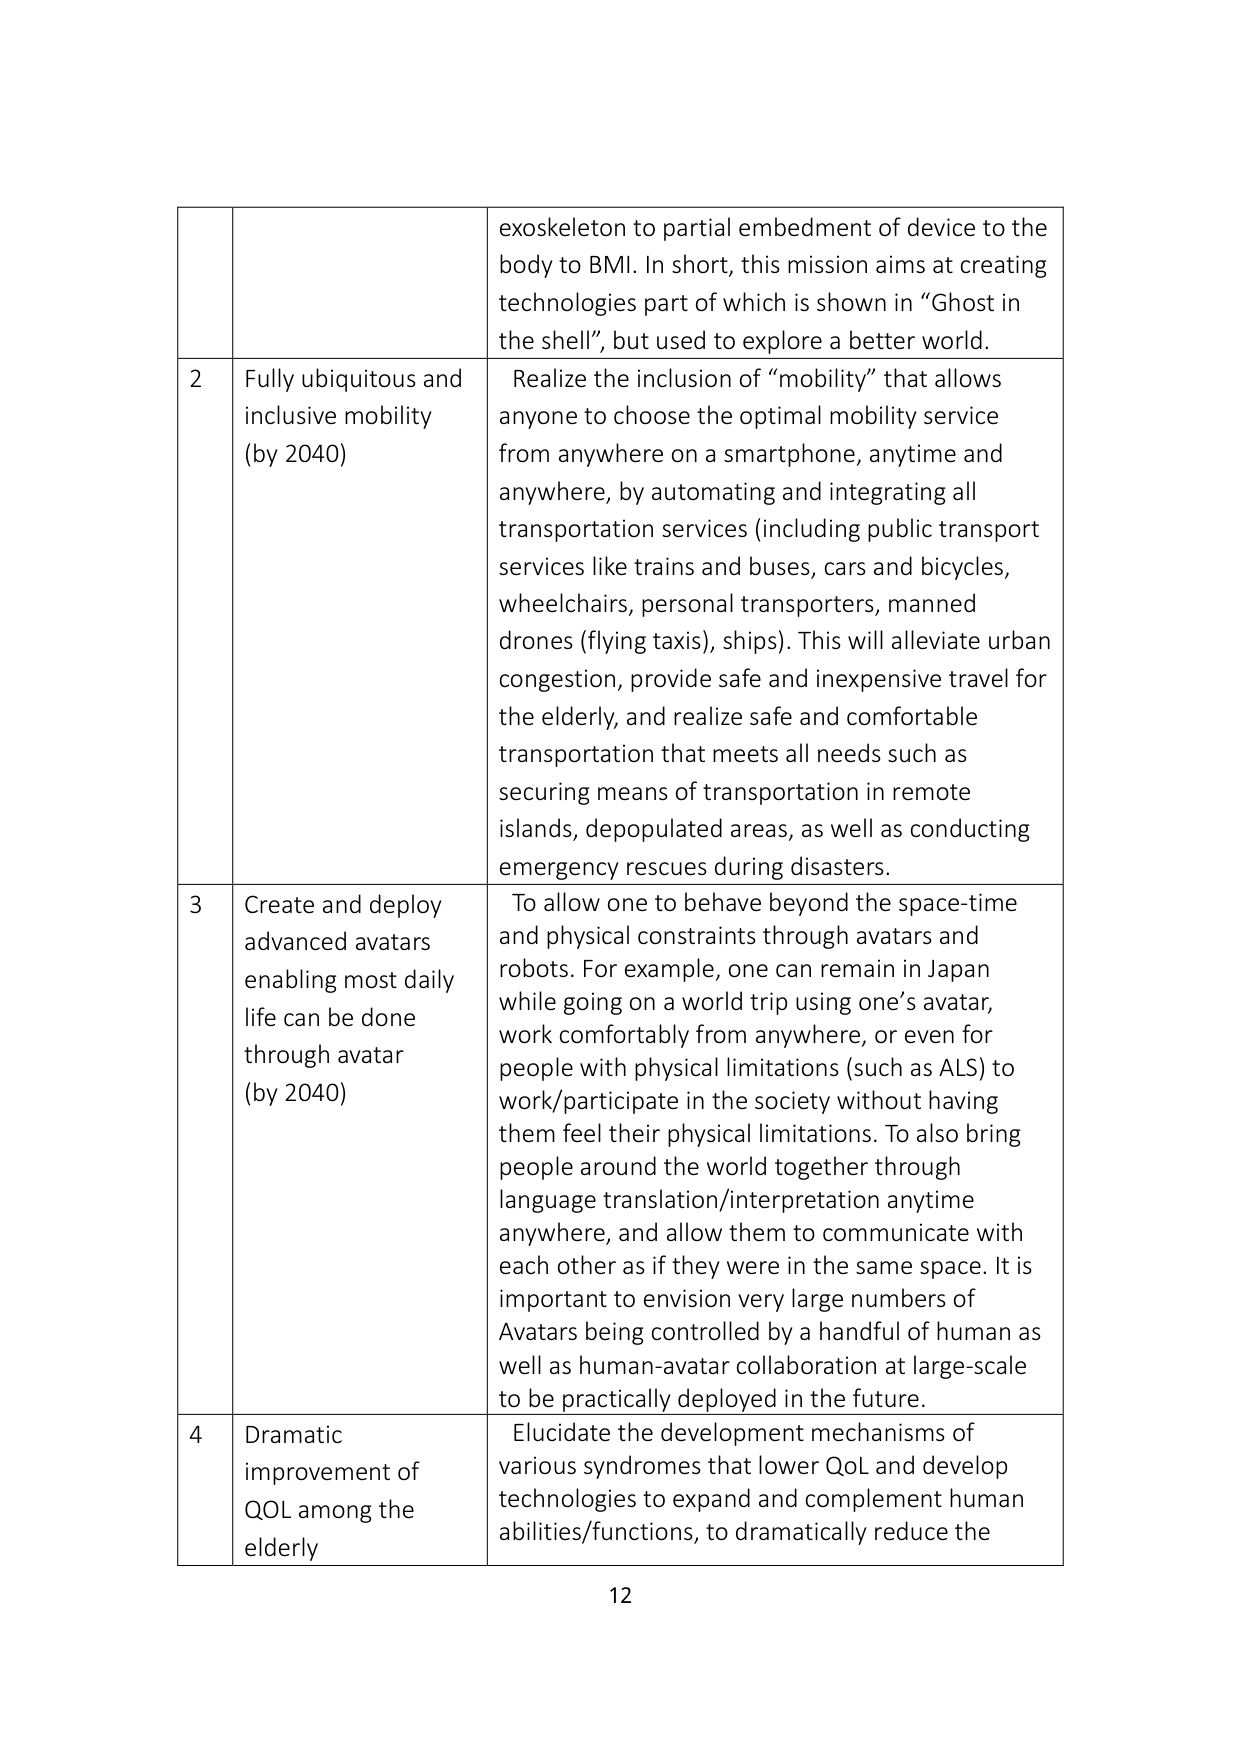
exoskeleton to partial embedment of device to the body to BMI. In short, this mission aims at creating technologies part of which is shown in “Ghost in the shell”, but used to explore a better world.

2 Fully ubiquitous and inclusive mobility (by 2040) Realize the inclusion of “mobility” that allows anyone to choose the optimal mobility service from anywhere on a smartphone, anytime and anywhere, by automating and integrating all transportation services (including public transport services like trains and buses, cars and bicycles, wheelchairs, personal transporters, manned drones (flying taxis), ships). This will alleviate urban congestion, provide safe and inexpensive travel for the elderly, and realize safe and comfortable transportation that meets all needs such as securing means of transportation in remote islands, depopulated areas, as well as conducting emergency rescues during disasters.

3 Create and deploy advanced avatars enabling most daily life can be done through avatar (by 2040) To allow one to behave beyond the space-time and physical constraints through avatars and robots. For example, one can remain in Japan while going on a world trip using one’s avatar, work comfortably from anywhere, or even for people with physical limitations (such as ALS) to work/participate in the society without having them feel their physical limitations. To also bring people around the world together through language translation/interpretation anytime anywhere, and allow them to communicate with each other as if they were in the same space. It is important to envision very large numbers of Avatars being controlled by a handful of human as well as human-avatar collaboration at large-scale to be practically deployed in the future.

4 Dramatic improvement of QOL among the elderly Elucidate the development mechanisms of various syndromes that lower QoL and develop technologies to expand and complement human abilities/functions, to dramatically reduce the

12